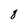
Character: 8